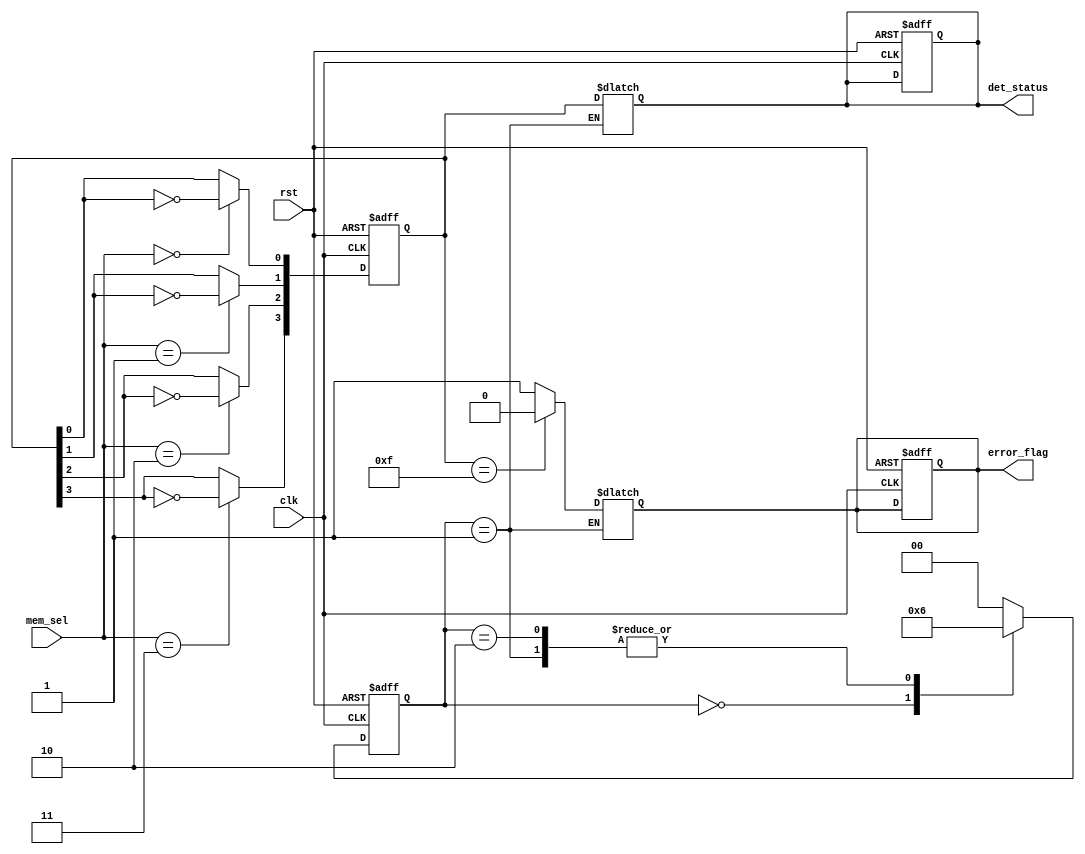
module MemoryBlocksCascadedFFDetector (
    input wire clk,
    input wire rst,
    input wire [1:0] mem_sel, // Assuming 4 memory blocks (2 bits for selection)
    output reg [3:0] det_status, // Detected status for 4 memory blocks
    output reg error_flag // Error indicator
);

    // Parameters for states
    parameter IDLE = 2'b00;
    parameter DETECT = 2'b01;
    parameter REPORT = 2'b10;
    
    reg [1:0] state, next_state;
    reg [3:0] ff_status; // Status of flip-flops in each memory block

    // Flip-Flop detection logic for each memory block
    always @(posedge clk or posedge rst) begin
        if (rst) begin
            ff_status <= 4'b0000; // Reset status
        end else begin
            case (mem_sel)
                2'b00: ff_status[0] <= ~ff_status[0]; // Toggle flip-flop in block 0
                2'b01: ff_status[1] <= ~ff_status[1]; // Toggle flip-flop in block 1
                2'b10: ff_status[2] <= ~ff_status[2]; // Toggle flip-flop in block 2
                2'b11: ff_status[3] <= ~ff_status[3]; // Toggle flip-flop in block 3
                default: ff_status <= ff_status; // No change
            endcase
        end
    end

    // Control logic (Finite State Machine)
    always @(posedge clk or posedge rst) begin
        if (rst) begin
            state <= IDLE;
            det_status <= 4'b0000;
            error_flag <= 1'b0;
        end else begin
            state <= next_state;
        end
    end

    always @(*) begin
        case (state)
            IDLE: begin
                next_state = DETECT; // Move to detection state
            end
            DETECT: begin
                // Update detection status based on flip-flop states
                det_status = ff_status; // Capture the status
                if (ff_status == 4'b1111) begin
                    error_flag = 1'b0; // No error
                end else begin
                    error_flag = 1'b1; // Error detected
                end
                next_state = REPORT; // Move to reporting state
            end
            REPORT: begin
                // Remain in reporting state until reset
                next_state = REPORT; // Stay in report state
            end
            default: begin
                next_state = IDLE; // Default to idle
            end
        endcase
    end

endmodule